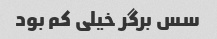
سس برگر خیلی کم بود